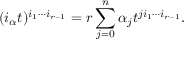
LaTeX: ( i _ { \alpha } t ) ^ { i _ { 1 } \cdots i _ { r - 1 } } = r \sum _ { j = 0 } ^ { n } \alpha _ { j } t ^ { j i _ { 1 } \cdots i _ { r - 1 } } .